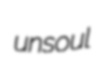
unsoul